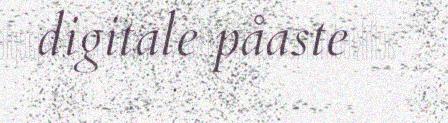
digitale påaste